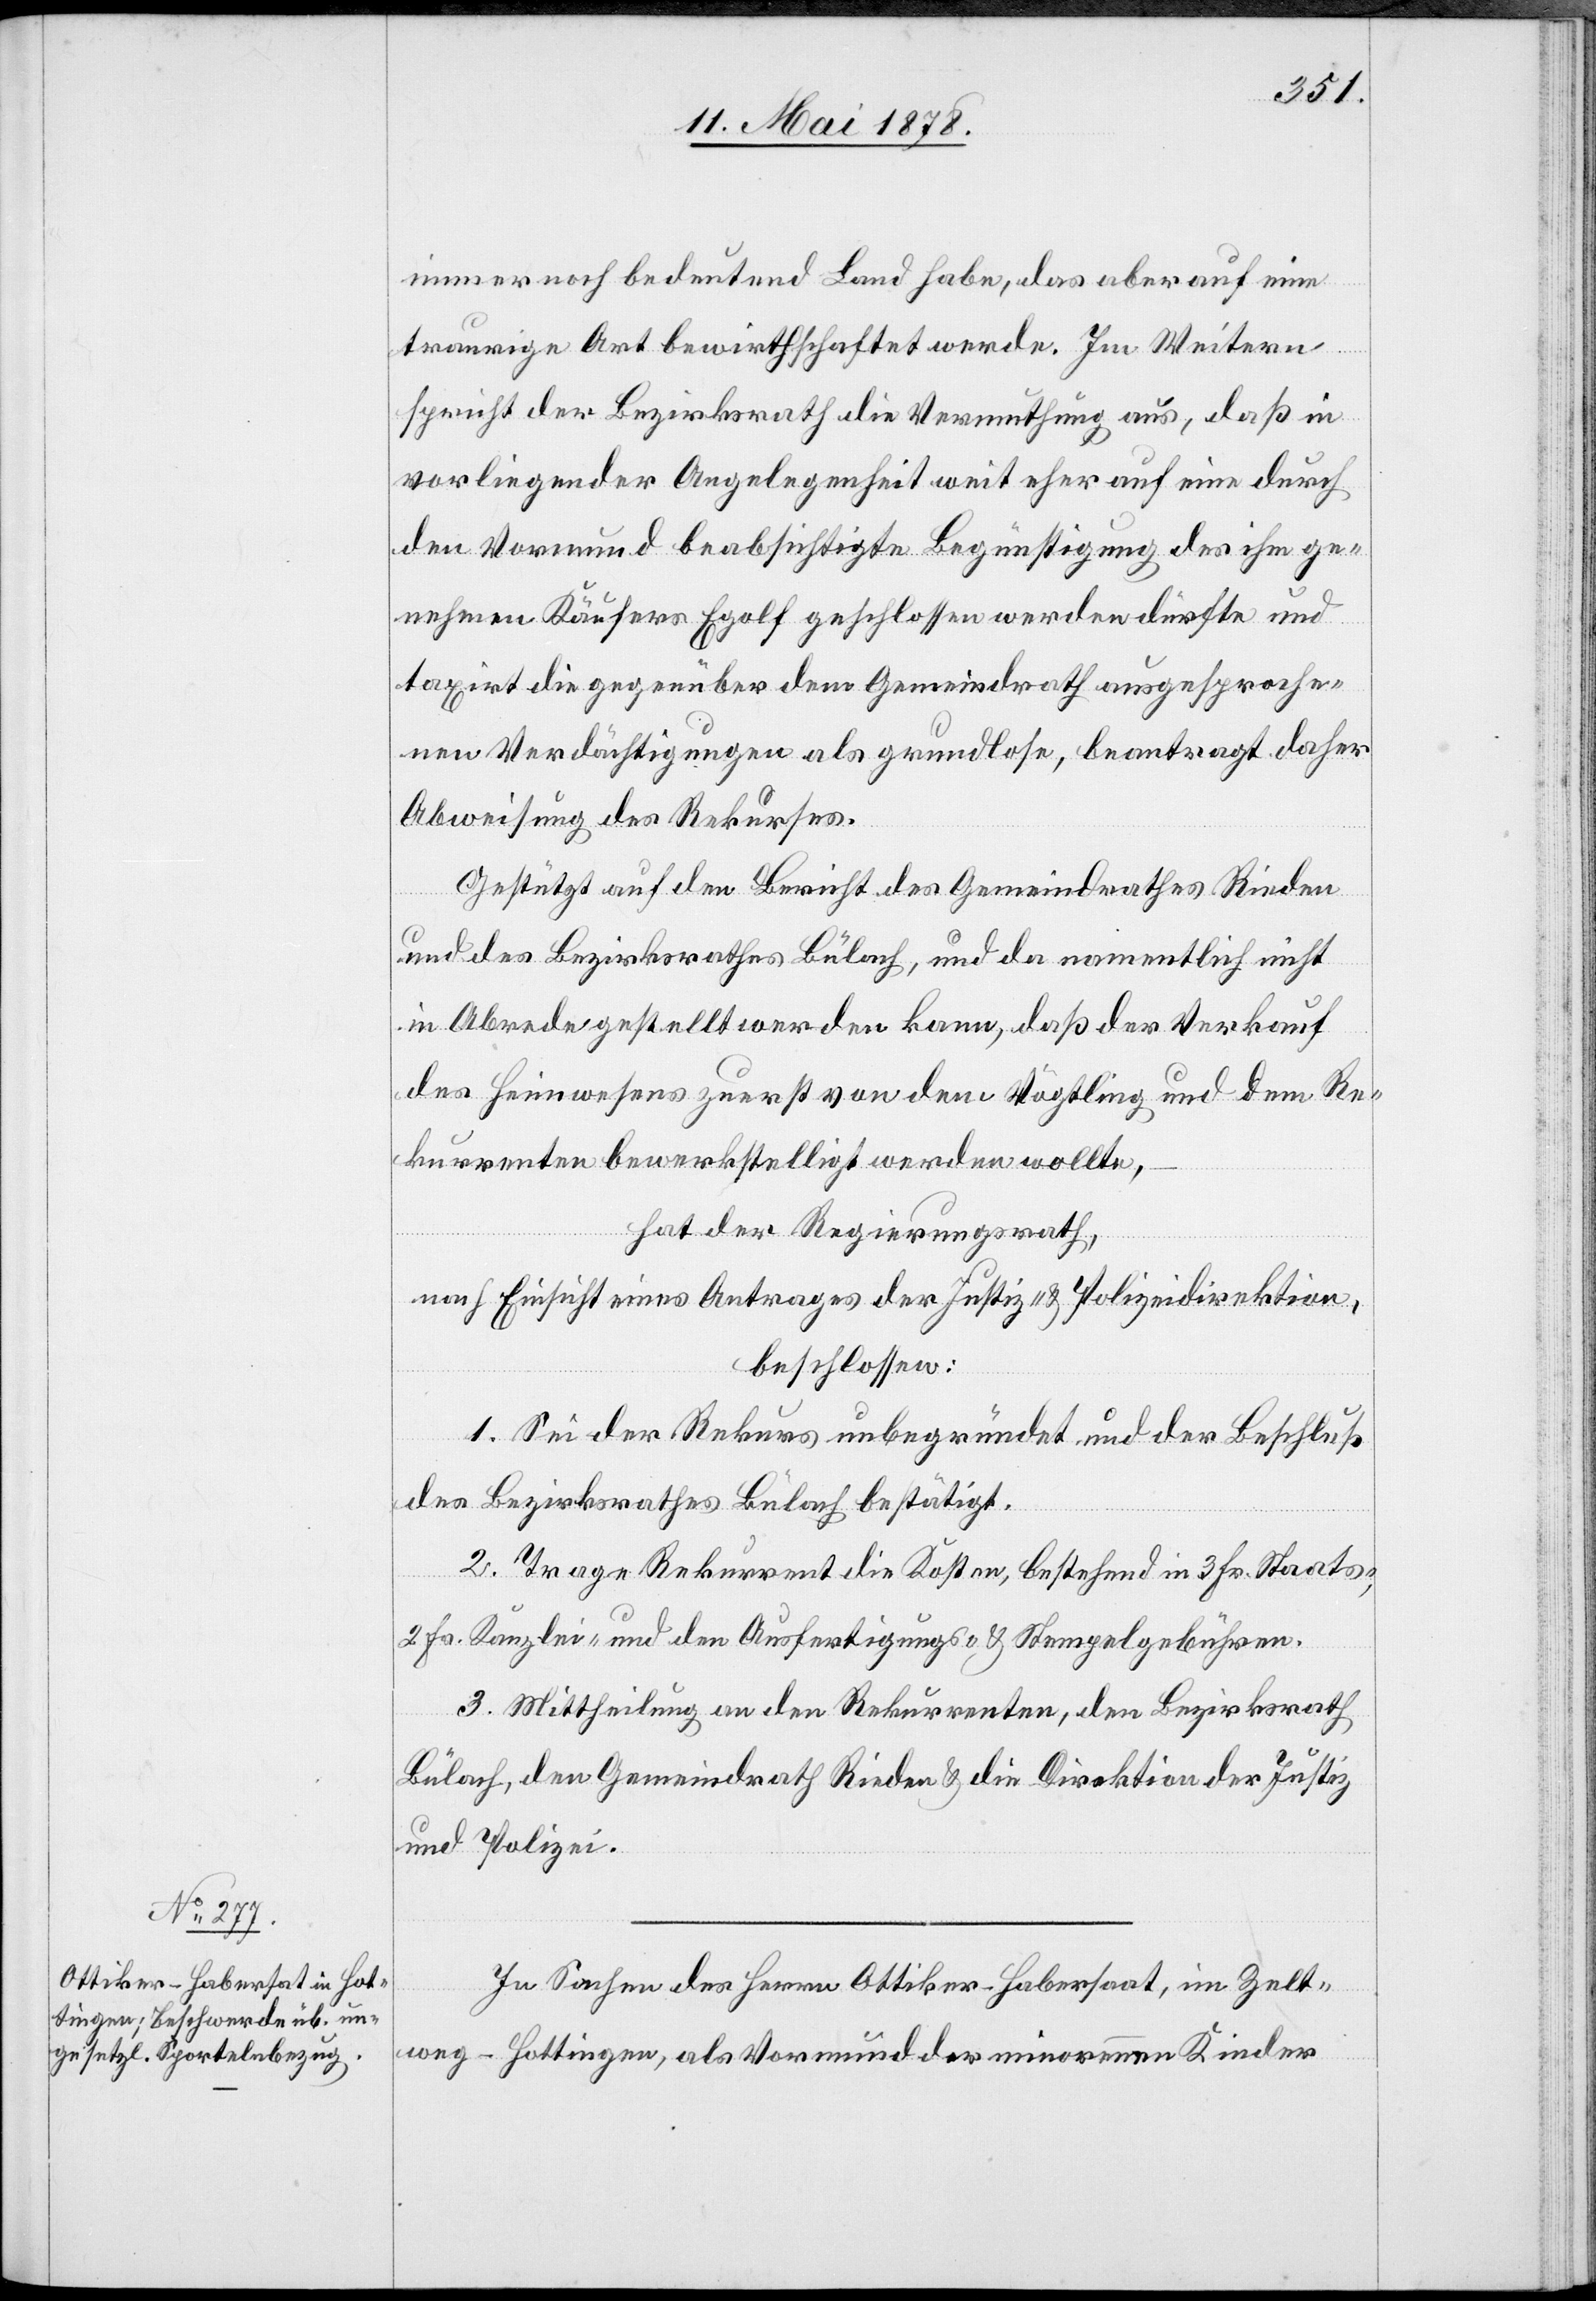
immer noch bedeutend Land habe, das aber auf eine
traurige Art bewirthschaftet werde. Im Weitern
spricht der Bezirksrath die Vermuthung aus, daß in
vorliegender Angelegenheit weit eher auf eine durch
den Vormund beabsichtigte Begünstigung des ihm ge¬
nehmen Käufers Egolf geschlossen werden dürfte und
taxirt die gegenüber dem Gemeindrath ausgesproche¬
nen Verdächtigungen als grundlose, beantragt daher
Abweisung des Rekurses.
Gestützt auf den Bericht des Gemeindrathes Rieden
und des Bezirksrathes Bülach, und da namentlich nicht
in Abrede gestellt werden kann, daß der Verkauf
des Heimwesens zuerst von dem Vögtling und dem Re¬
kurrenten bewerkstelligt werden wollte;
hat der Regierungsrath,
nach Einsicht eines Antrages der Justiz- & Polizeidirektion,
beschlossen:
1. Sei der Rekurs unbegründet und der Beschluß
des Bezirksrathes Bülach bestätigt.
2. Trage Rekurrent die Kosten, bestehend in 3 Fr. Staats-,
2 Fr. Kanzlei- und den Ausfertigungs- & Stempelgebühren.
3. Mittheilung an den Rekurrenten, den Bezirksrath
Bülach, den Gemeindrath Rieden & die Direktion der Justiz
und Polizei.
In Sachen des Herrn Ottiker-Habersaat [sic!], im Zelt¬
weg - Hottingen, als Vormund der minorennen Kinder